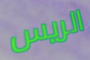
الريس